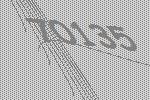
70135